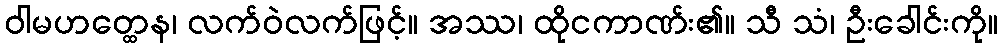
ဝါမဟတ္ထေန၊ လက်ဝဲလက်ဖြင့်။ အဿ၊ ထိုငကာဏ်း၏။ သီ သံ၊ ဦးခေါင်းကို။